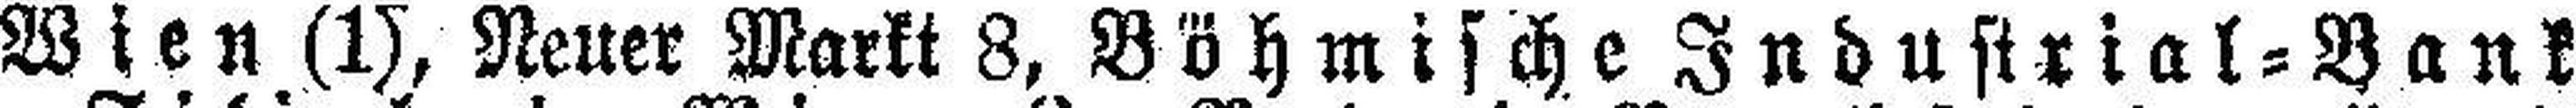
Wien (1), Neuer Markt 8. Böhmische Industrial=Bank